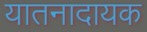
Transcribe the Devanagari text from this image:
यातनादायक